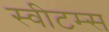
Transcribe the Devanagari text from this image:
स्वीटम्स